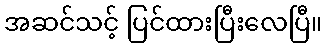
အဆင်သင့် ပြင်ထားပြီးလေပြီ။